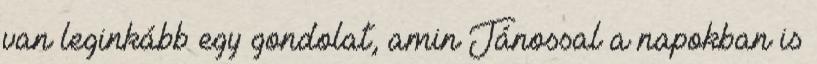
van leginkább egy gondolat, amin Jánossal a napokban is